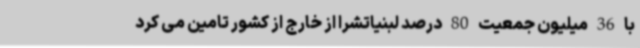
با 36 میلیون جمعیت 80 درصد لبنیاتشرا از خارج از کشور تامین می کرد